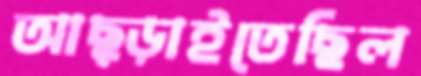
আছ্‌ড়াইতেছিল